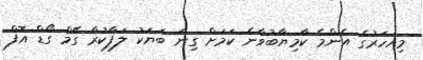
މިއަހަރުގެ އެންމެ ކާމިޔާބުވާނެ ކަމަށް ގިނަ ބަޔަކު ލަފާކުރާ ގޭމް ގޯޑް އޮފް